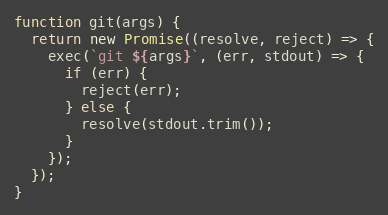
Language: JavaScript
function git(args) {
  return new Promise((resolve, reject) => {
    exec(`git ${args}`, (err, stdout) => {
      if (err) {
        reject(err);
      } else {
        resolve(stdout.trim());
      }
    });
  });
}